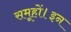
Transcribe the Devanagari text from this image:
समूहों।इन